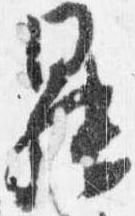
昇